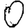
Digit: 0